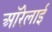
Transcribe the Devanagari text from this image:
ऑरेलाई